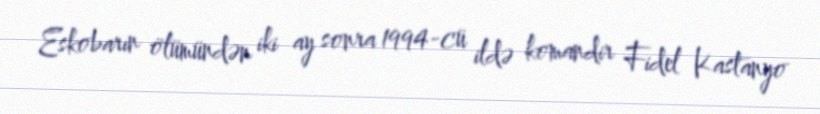
Eskobarın ölümündən iki ay sonra 1994-cü ildə komandir Fidel Kastanyo